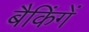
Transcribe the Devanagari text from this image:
बैकिंगें